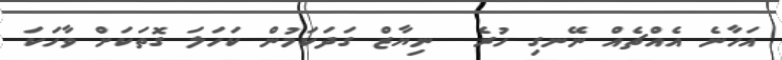
އަހާނެ އެއްޗެއް ނޭނގި ހުރެ  ނިޔާޒް ގަދަކަމުން ކަހަލަ ގޮތަކަށް ވާހަކަ